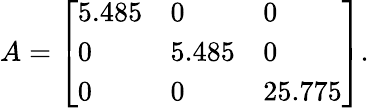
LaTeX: A=\left[\begin{array}{lll}{5.485}&{0}&{0}\\ {0}&{5.485}&{0}\\ {0}&{0}&{25.775}\end{array}\right].